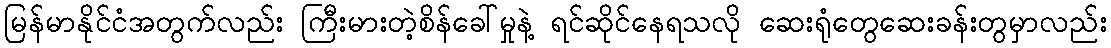
မြန်မာနိုင်ငံအတွက်လည်း ကြီးမားတဲ့စိန်ခေါ်မှုနဲ့ ရင်ဆိုင်နေရသလို ဆေးရုံတွေဆေးခန်းတွမှာလည်း